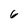
Character: 6